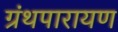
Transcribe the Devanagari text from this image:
ग्रंथपारायण